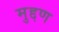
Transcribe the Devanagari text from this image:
मुद्दण